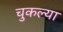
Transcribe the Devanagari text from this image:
चुकल्या